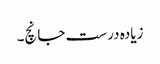
زیادہ درست جانچ۔